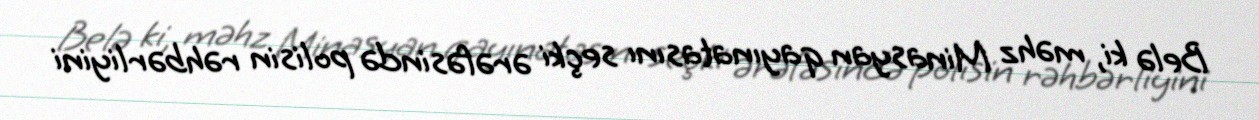
Belə ki, məhz Minasyan qayınatasını seçki ərəfəsində polisin rəhbərliyini